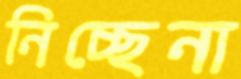
নিচ্ছেনা